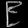
Digit: ၉